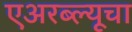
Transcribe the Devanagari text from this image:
एअरब्ल्यूचा